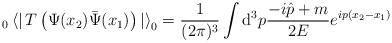
LaTeX: \begin{align*}_0\left<\right|T\left(\Psi(x_2)\bar{\Psi}(x_1)\right)\left|\right>_0=\frac{1}{(2\pi)^3}\int {\mathrm d}^3 p \frac{-i\hat{p}+m}{2E}e^{i p(x_2-x_1)}\end{align*}